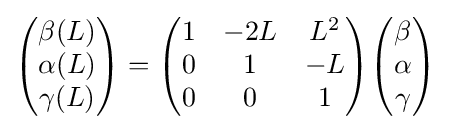
{\begin{pmatrix}\beta (L)\\\alpha (L)\\\gamma (L)\end{pmatrix}}={\begin{pmatrix}1&-2L&L^{2}\\0&1&-L\\0&0&1\end{pmatrix}}{\begin{pmatrix}\beta \\\alpha \\\gamma \end{pmatrix}}